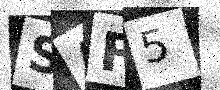
Text: SAF5